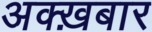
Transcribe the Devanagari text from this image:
अक्ख़बार